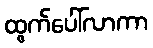
ထွက်ပေါ်လာကာ